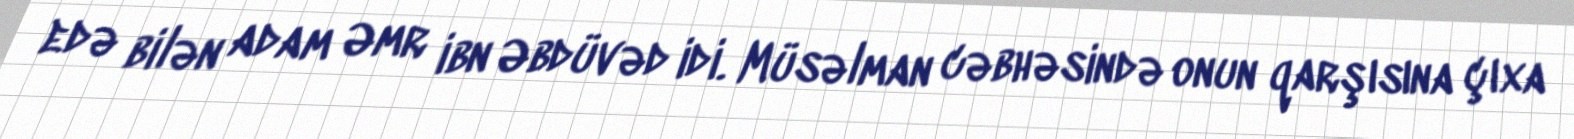
edə bilən adam Əmr ibn Əbdüvəd idi. Müsəlman cəbhəsində onun qarşısına çıxa